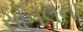
સોનલના